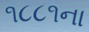
૧૮૮૧ના